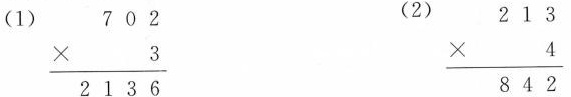
(1) 702 (2) 213 $$\frac{3}{2136}$$ $$\frac{4}{842}$$